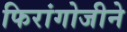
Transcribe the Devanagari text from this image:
फिरांगोजीने